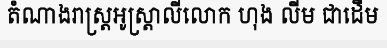
តំណាងរាស្ត្រអូស្ត្រាលីលោក ហុង លីម ជាដើម